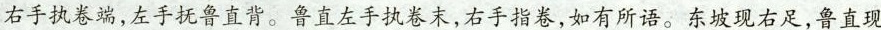
右手执卷端，左手抚鲁直背。鲁直左手执卷末，右手指卷，如有所语。东坡现右足，鲁直现